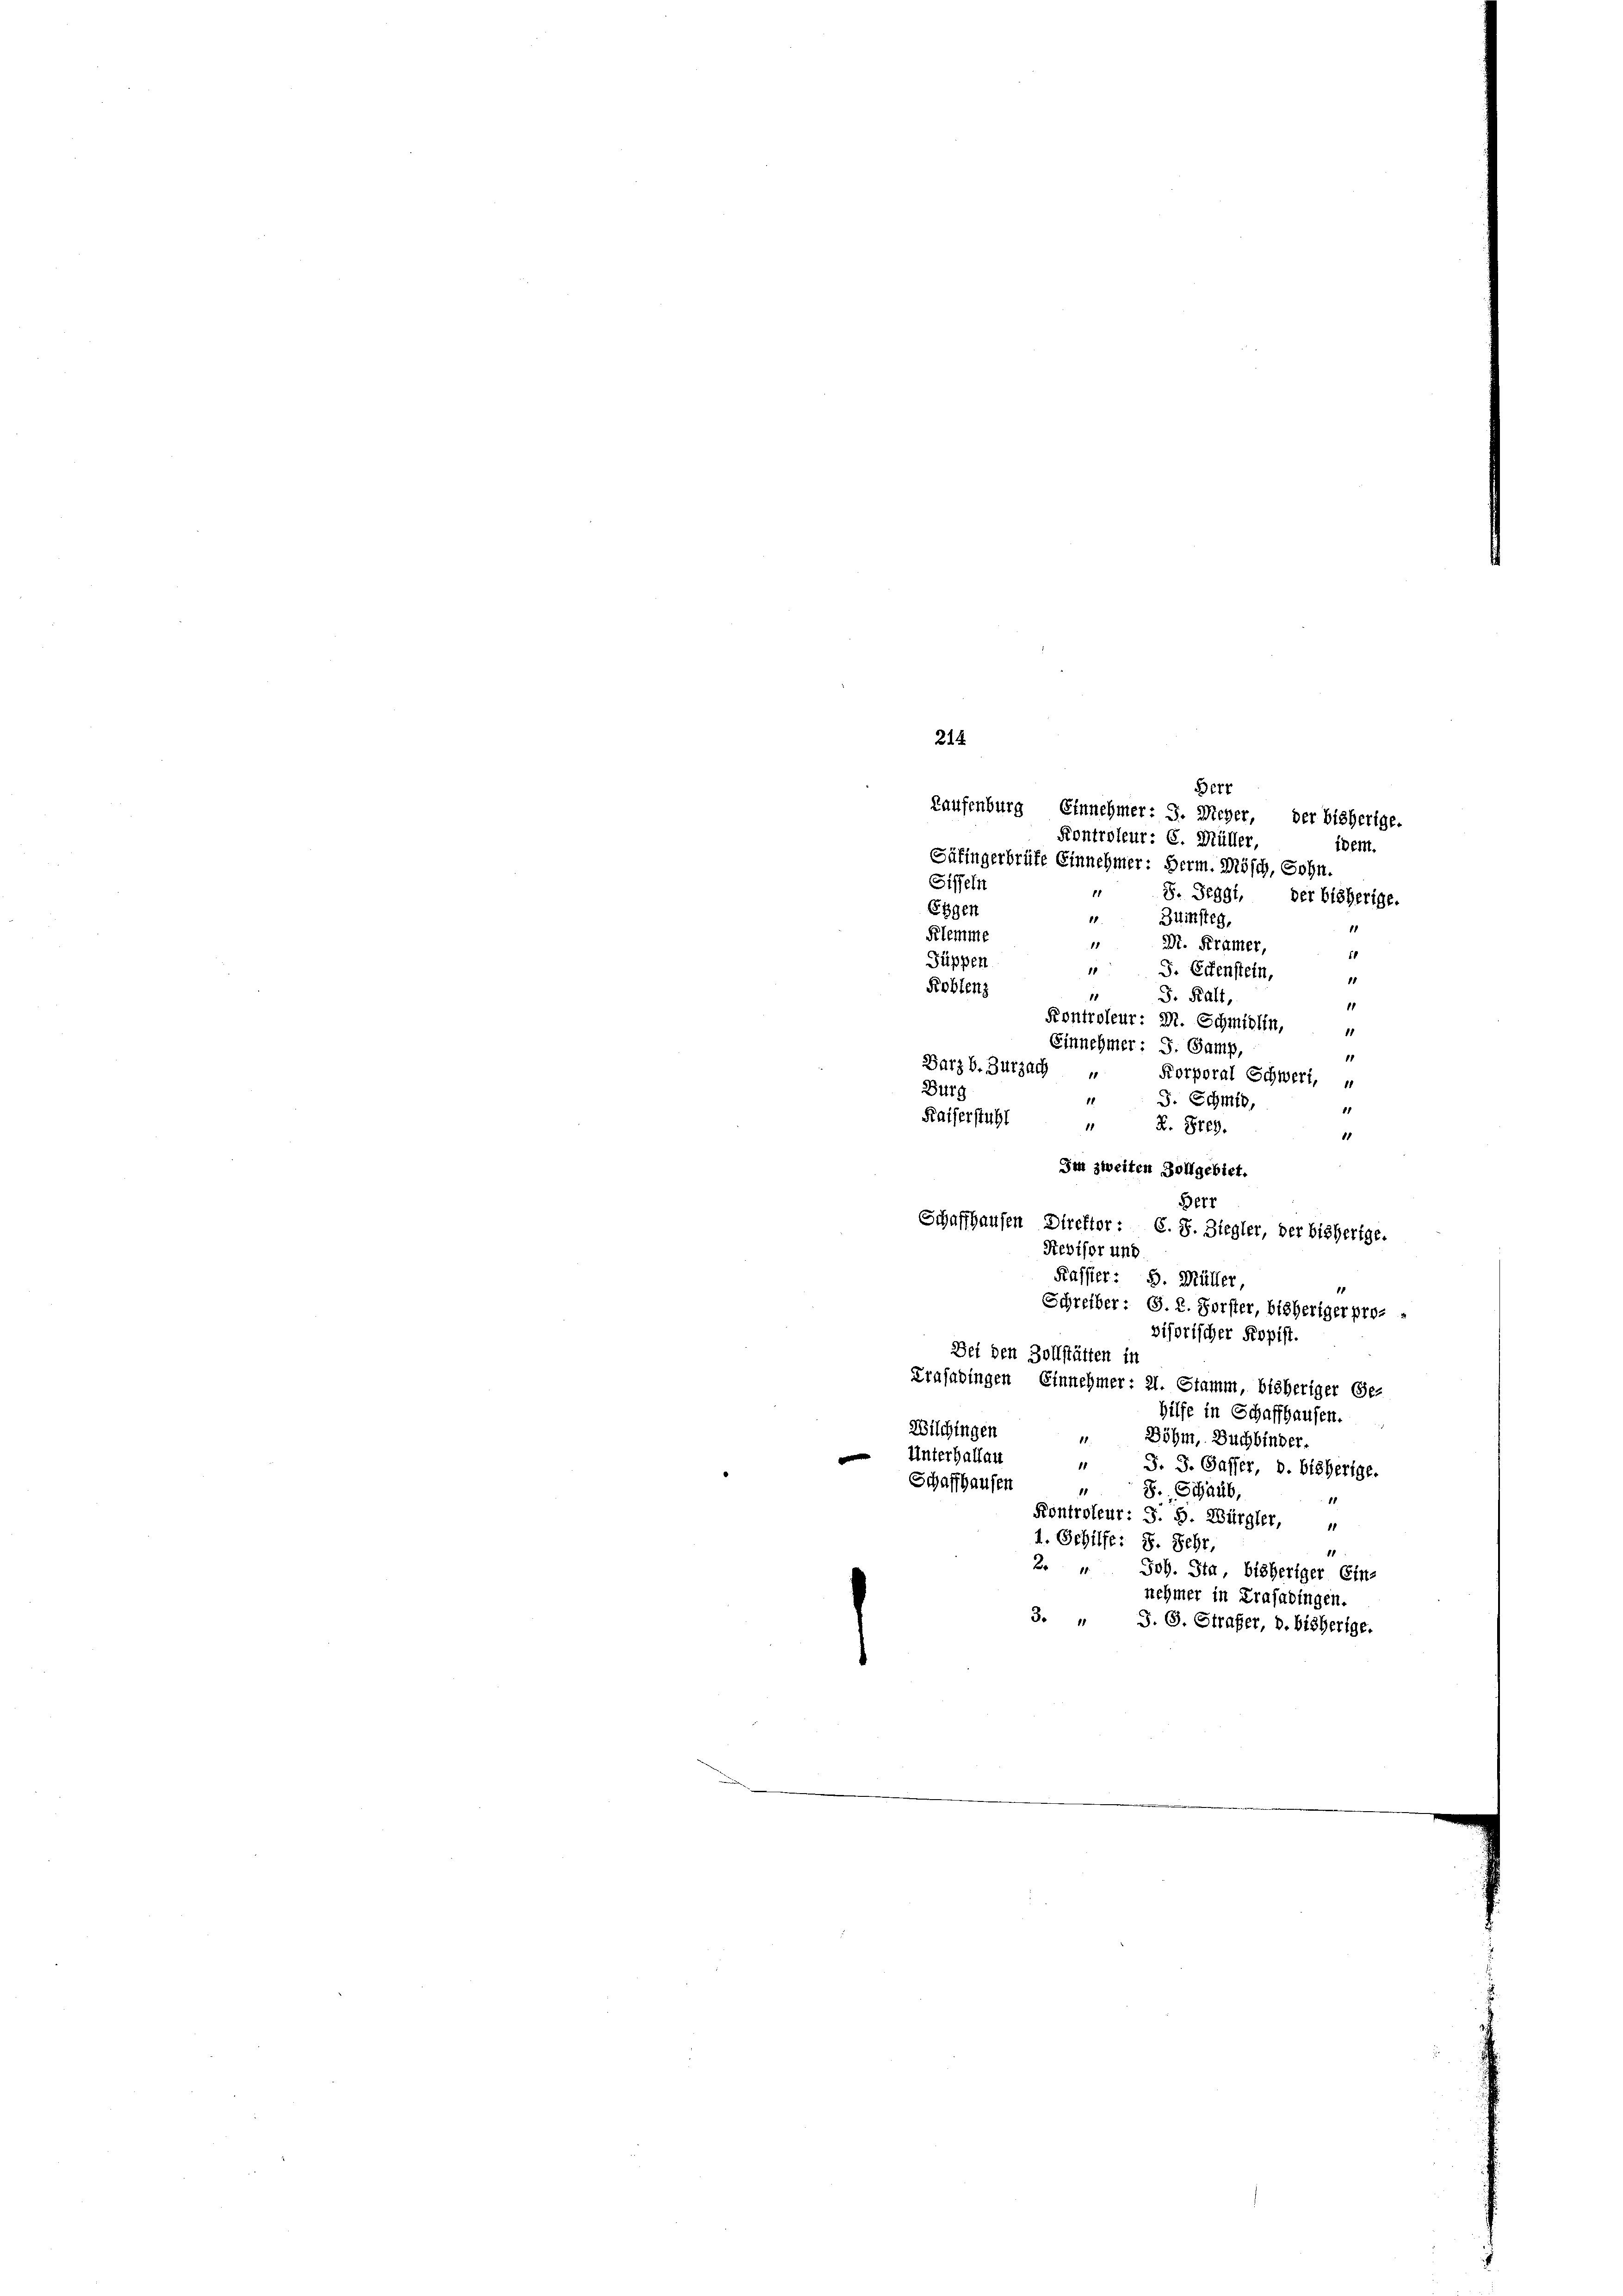
214
Bert
Kaufenburg, Einnehmer: J. Meyer, der bisherige.
Kontroleur: C. Müller,
ibem.
Säfingerbrüfe Einnehmer: Herm. Mösch, Sohn.
Siffeln
11
S. Seggi, der bisherige.
Eigen
11
Bürsteg,
11
Klemme
M. Krämer,
10
Puppen
" J. Ebenstein,
11
Roblenz
J. Kalt,
11
Kontroleur: M. Schmidlin,
11
Einnehmer: S. Gamp,
11
Barzb. Zurzach
Korporal Schwert, u
Bürg
11
J. Schmid,
11
Kaiserstuhl
11
K. Frey.
11
Im zweiten Zollgebiet.
Berr
Schaffhausen Direktor : C. J. Ziegler, der bisherige.
Revisor und
Kassier: 5. Müller,
Schreiber: S. 2. Forster, bisheriger provisorischer Kopist.
Dei den Zollstätten in
Trasadingen Einnehmer: 21. Stamm, bisheriger Ge-
hilfe in Schaffhausen.
Wilchingen
18.
Döhm, Buchbinder.
 Unterhallau
1
J. J. Gasser, D. bisherige.
Schaffhauser
“ S. Schaub,
Kontroleur: S. 5. Würgler,
1. Gehilfe: 8. Sehr,
1
2. " Joh. Sta, bisheriger Ein-
nehmer in Krasadingen.
3. " J. G. Strafer, b. bisherige.